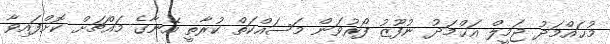
މުޙައްމަދު ޖަމީލް އަޙްމަދު ނުފޫޒު ފޯރުވަން މަސައްކަތް ކުރާތީ އޭނާގެ މައްޗަށް ކޮށްފައިވާ